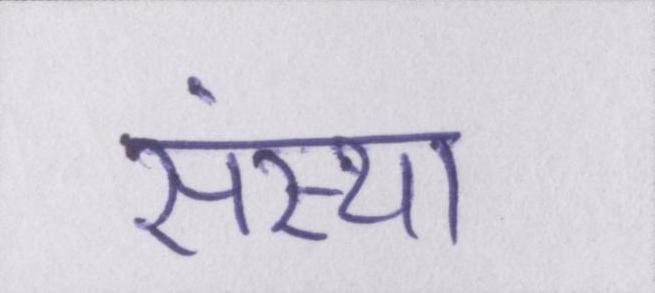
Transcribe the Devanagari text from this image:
संस्था